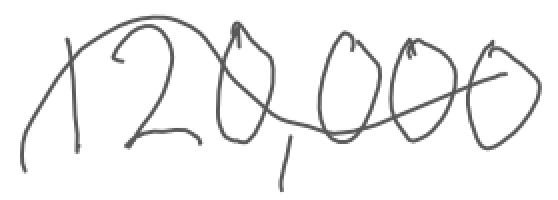
Text: 120,000
Cross-out: wave
Writing tool: digital_gray